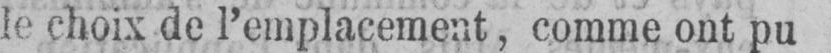
Iè choix de l’emplacement, comme ont pu